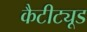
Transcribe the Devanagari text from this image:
कैटीट्यूड